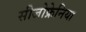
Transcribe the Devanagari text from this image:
सीजोफ्रेनिया